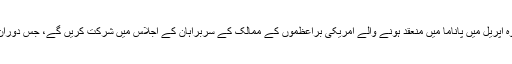
اُنھوں نے اِس بات کی بھی تصدیق کی کہ وہ اپریل میں پاناما میں منعقد ہونے والے امریکی براعظموں کے ممالک کے سربراہان کے اجلاس میں شرکت کریں گے، جس دوران اُن کی مسٹر اوباما سے ملاقات متوقع ہے۔